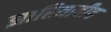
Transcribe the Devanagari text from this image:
झारियादीह